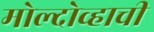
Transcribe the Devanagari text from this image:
मोल्दोव्हाची